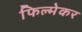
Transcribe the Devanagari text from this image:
फिल्मेकर